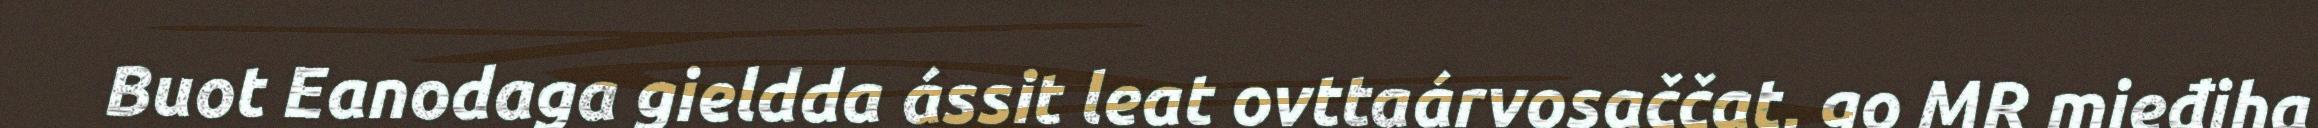
Buot Eanodaga gieldda ássit leat ovttaárvosaččat, go MR mieđiha